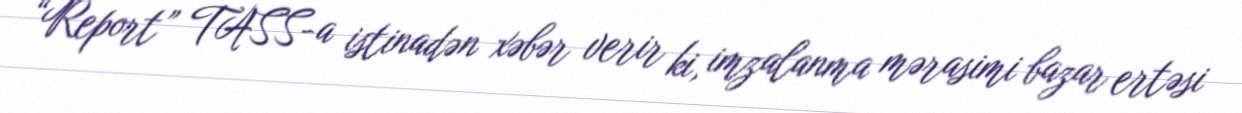
“Report” TASS-a istinadən xəbər verir ki, imzalanma mərasimi bazar ertəsi